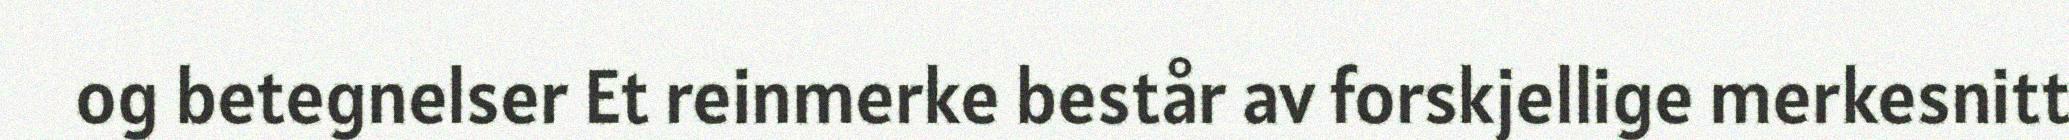
og betegnelser Et reinmerke består av forskjellige merkesnitt